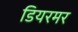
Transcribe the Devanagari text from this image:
डियरमर